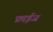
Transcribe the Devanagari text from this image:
फ्राईज